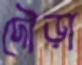
দৌড়া